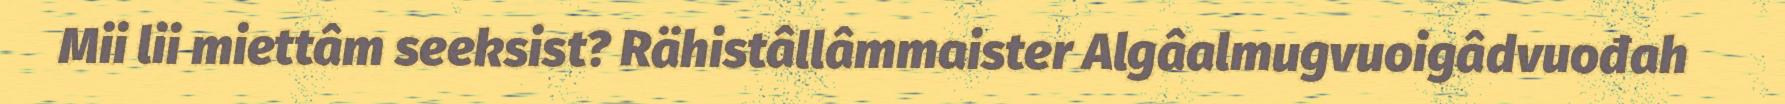
Mii lii miettâm seeksist? Rähistâllâmmaister Algâalmugvuoigâdvuođah